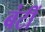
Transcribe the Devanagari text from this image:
बंटीं